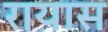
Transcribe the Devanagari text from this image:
रायास